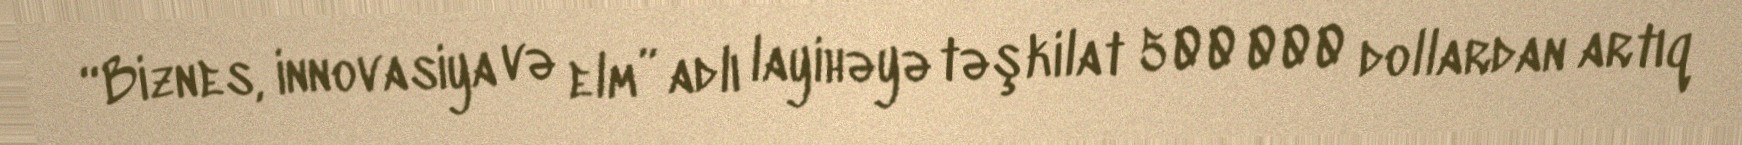
“Biznes, innovasiya və elm” adlı layihəyə təşkilat 500 000 dollardan artıq